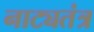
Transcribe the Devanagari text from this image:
नाट्यतंत्र